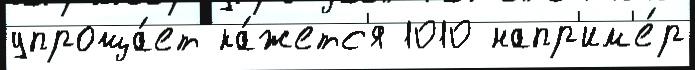
упроща́ет ка́жетс'я 1010 напр'им'е́р